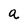
Character: a